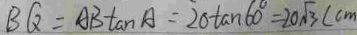
B Q = A B \tan A = 2 0 \tan 6 0 ^ { \circ } = 2 0 \sqrt { 3 } ( c m